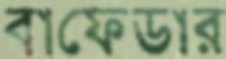
বাফেডার